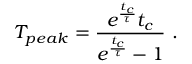
T _ { p e a k } = \frac { e ^ { \frac { t _ { c } } { \tau } } t _ { c } } { e ^ { \frac { t _ { c } } { \tau } } - 1 } ~ .